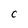
Character: C